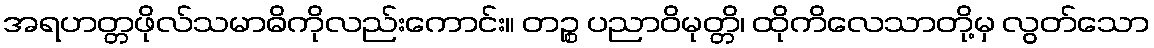
အရဟတ္တဖိုလ်သမာဓိကိုလည်းကောင်း။ တဉ္စ ပညာဝိမုတ္တိ၊ ထိုကိလေသာတို့မှ လွတ်သော